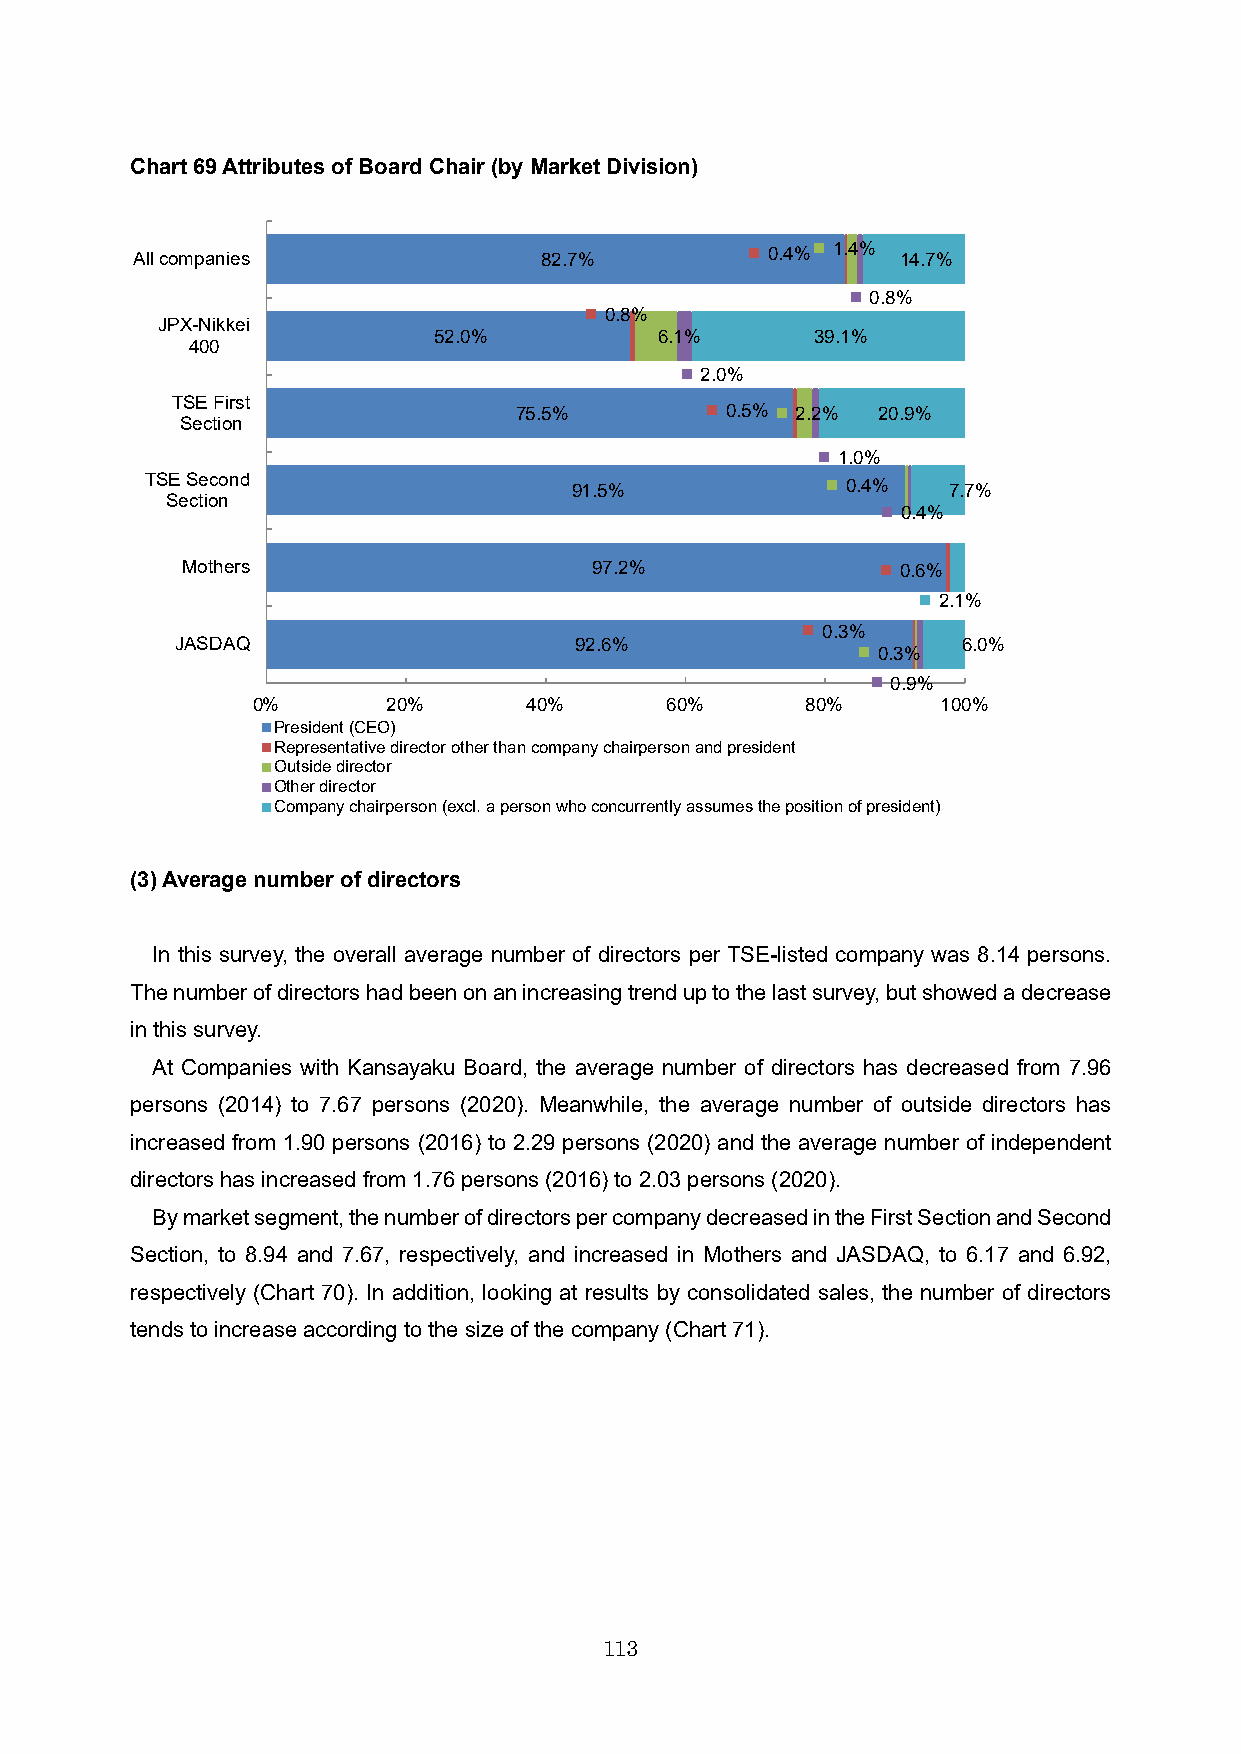
Chart 69Attributes of Board Chair (by Market Division)
 All companies              82.7%          0.4% 1.4% 14.7%
 0.8%
 0.8%
 JPX-Nikkei
 52.0%          6.1%      39.1%
 400
 2.0%
 TSE First
 75.5%         0.5% 2.2% 20.9%
 Section
 1.0%
 TSE Second                  91.5%             0.4%   7.7%
 Section
 0.4%
 Mothers                    97.2%                0.6%
 2.1%
 0.3%
 JASDAQ                    92.6%                     6.0%
 0.3%
 0.9%
 0%       20%      40%      60%      80%      100%
 President (CEO)
 Representative director other than company chairperson and president
 Outside director
 Other director
 Company chairperson (excl. a person who concurrently assumes the position of president)
 (3) Average number of directors
 In this survey, the overall average number of directors per TSE-listed company was 8.14 persons.
 The number of directors had been on an increasing trend up to the last survey, but showed a decrease
 in this survey.
 At Companies with Kansayaku Board, the average number of directors has decreased from 7.96
 persons (2014) to 7.67 persons (2020). Meanwhile, the average number of outside directors has
 increased from 1.90 persons (2016) to 2.29 persons (2020) and the average number of independent
 directors has increased from 1.76 persons (2016) to 2.03 persons (2020).
 By market segment, the number of directors per company decreased in the First Section and Second
 Section, to 8.94 and 7.67, respectively, and increased in Mothers and JASDAQ, to 6.17 and 6.92,
 respectively (Chart 70). In addition, looking at results by consolidated sales, the number of directors
 tends to increase according to the size of the company (Chart71).
 113